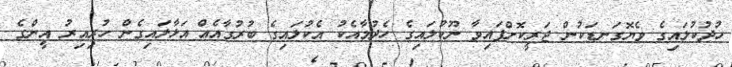
ހުދުކުލައިގެ ވެޔޮގަނޑަކުން ޖަރީކޮށްފައިވާ ނޫކުލައިގެ ހެދުމާއެކު އެކުލައިގެ ބުރުގާއެއް އަޅާލައިގެން ހުރިއިރު އީންގެ